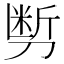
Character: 𰄽